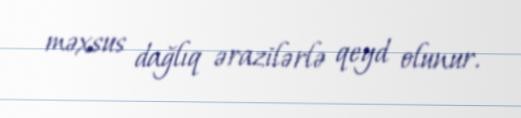
məxsus dağlıq ərazilərlə qeyd olunur.